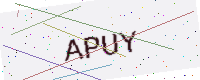
Text: APUY